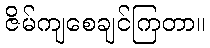
ဇိမ်ကျစေချင်ကြတာ။